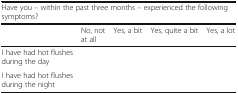
<table><thead><tr><td colspan="5"><b>Have you – within the past three months – experienced the following symptoms?</b></td></tr><tr><td></td><td><b>No, not at all</b></td><td><b>Yes, a bit</b></td><td><b>Yes, quite a bit</b></td><td><b>Yes, a lot</b></td></tr></thead><tbody><tr><td>I have had hot flushes during the day</td><td rowspan="2"></td><td rowspan="2"></td><td rowspan="2"></td><td rowspan="2"></td></tr><tr><td>I have had hot flushes during the night</td></tr></tbody></table>